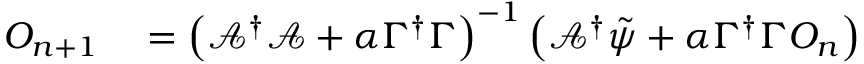
\begin{array} { r l } { O _ { n + 1 } } & { { } = \left( \mathcal { A } ^ { \dagger } \mathcal { A } + \alpha \Gamma ^ { \dagger } \Gamma \right) ^ { - 1 } \left( \mathcal { A } ^ { \dagger } \tilde { \psi } + \alpha \Gamma ^ { \dagger } \Gamma O _ { n } \right) } \end{array}